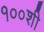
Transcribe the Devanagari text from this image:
१००शी